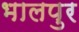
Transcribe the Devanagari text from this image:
भालपुर